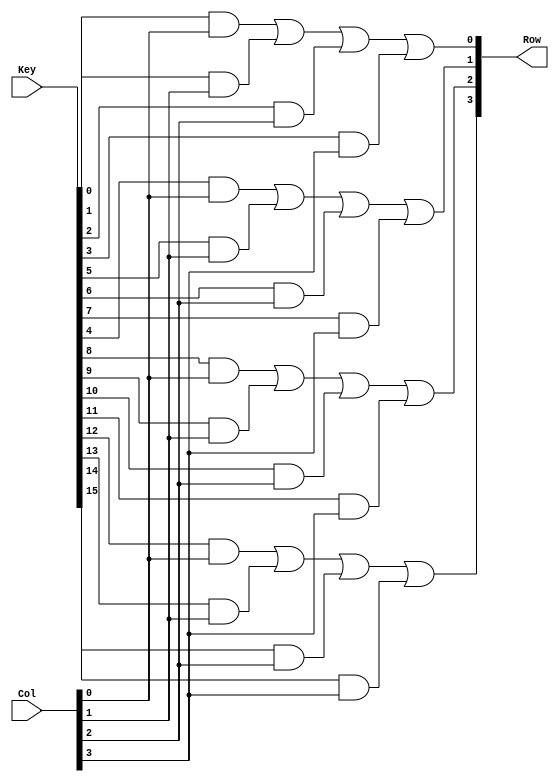

//////////////////////////////////////////////////////////////////////////////////
// Company: 
// Engineer: 
// 
// Design Name: 
// Module Name: Row_Signal
// Project Name: 
// Target Devices: 
// Tool Versions: 
// Description: 
// 
// Dependencies: 
// 
// Revision:
// Revision 0.01 - File Created
// Additional Comments:
// 
//////////////////////////////////////////////////////////////////////////////////


module Row_Signal(                                                //Scans for row of the asserted key
    input [15:0] Key,
    input [3:0] Col,
    output reg [3:0] Row
    );
    
    always @(Key or Col) begin                                  //Combinational logic for key assertion
    Row[0] =  Key[0] && Col[0] || Key[1] && Col[1] || Key[2] && Col[2] || Key[3] && Col[3];
    Row[1] =  Key[4] && Col[0] || Key[5] && Col[1] || Key[6] && Col[2] || Key[7] && Col[3];
    Row[2] =  Key[8] && Col[0] || Key[9] && Col[1] || Key[10] && Col[2] || Key[11] && Col[3];
    Row[3] =  Key[12] && Col[0] || Key[13] && Col[1] || Key[14] && Col[2] || Key[15] && Col[3];
    end

endmodule